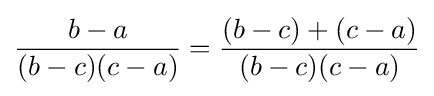
{\frac {b-a}{(b-c)(c-a)}}={\frac {(b-c)+(c-a)}{(b-c)(c-a)}}